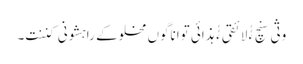
وثی سنچ ءُُ لائقی ءُُ ہذائی تواناگوں مخلوکے راہشونی کننت۔